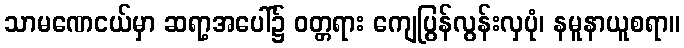
သာမဏေငယ်မှာ ဆရာ့အပေါ်၌ ဝတ္တရား ကျေပြွန်လွန်းလှပုံ၊ နမူနာယူစရာ။